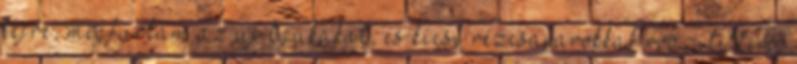
fejre, megfúrtam az új lyukakat, és kicsi rézcsavarokkal rögzítettem.